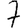
Digit: 7